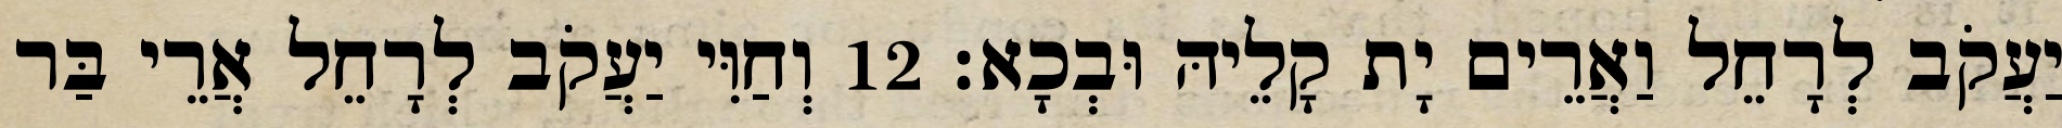
יַעֲקֹב לְרָחֵל וַאֲרֵים יָת קָלֵיהּ וּבְכָא׃ 12 וְחַוִּי יַעֲקֹב לְרָחֵל אֲרֵי בַּר